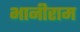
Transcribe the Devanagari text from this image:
भानीराम